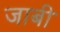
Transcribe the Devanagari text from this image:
जाबी